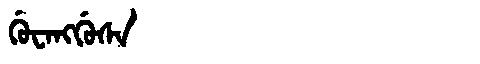
Manchu: ᡤᡠᠸᠠᠩᡤᡠᠰᠠ
Romanization: GUWANGGUSA